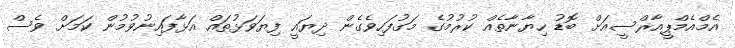
އެމްއެމްޕީއާރްސީއަށް ބޮޑު ހިޔާނާތެއް ކުރުމުގެ މަގުފަހިވެގެން ދިޔައީ ފިޔަވަޅުތައް އަޅާފައިނުވުމުން ކަމަށް ވެސް